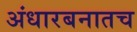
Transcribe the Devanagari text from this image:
अंधारबनातच